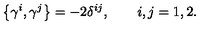
\left\{ \gamma ^ { i } , \gamma ^ { j } \right\} = - 2 \delta ^ { i j } , \qquad i , j = 1 , 2 .